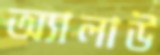
অ্যালাউ